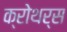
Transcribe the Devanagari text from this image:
क्रोथर्स